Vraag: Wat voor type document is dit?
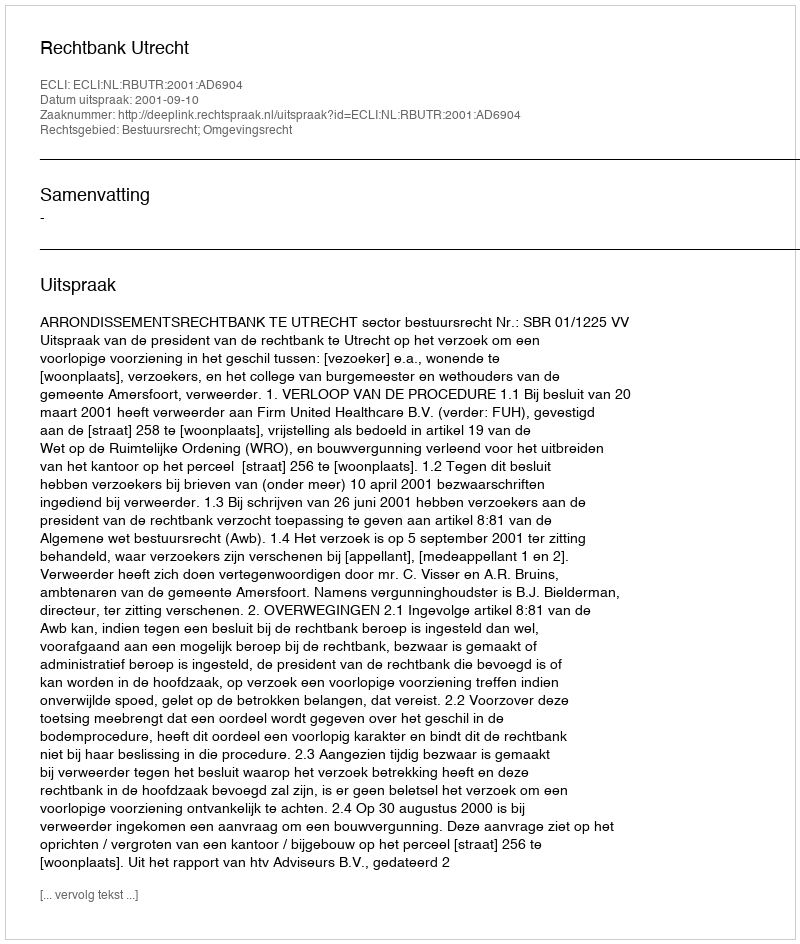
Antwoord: Uitspraak